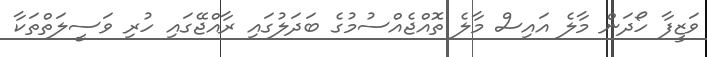
ވަޒީފާ ހޯދަން މާލެ އައިސް މާލެ ތޮއްޖެއްސުމުގެ ބަދަލުގައި ރާއްޖޭގައި ހުރި ވަސީލަތްތަކާ